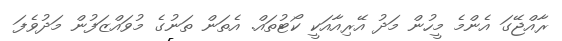
ރާއްޖޭގަ އެންމެ މީހުން މަދު އޭރިއާއަކީ ކޯޓުތައް. އެތަން ތަނުގެ މުވައްޒަފުން މަދުވެފަ